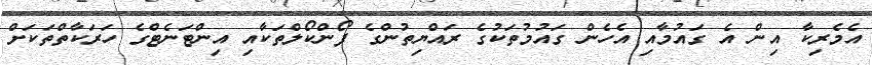
އެމެރިކާ އިން އެ ގައުމާއި އެހެން ގައުމުތަކުގެ ރައްޔިތުންގެ ފޯންކޯލްތަކާއި އިންޓަނެޓްގެ ހަރަކާތްތަކަށް